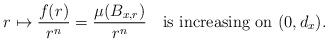
LaTeX: \begin{align*} r\mapsto \frac{f(r)}{r^n}=\frac{\mu(B_{x,r})}{r^n}\quad\mbox{is increasing on $(0,d_x)$.}\end{align*}